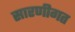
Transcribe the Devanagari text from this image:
सारणीगत